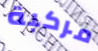
مركبة